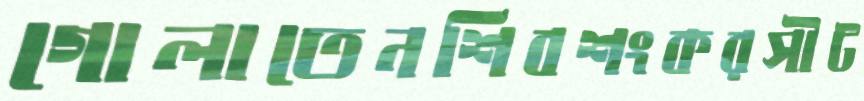
গোলাতেনশিবশংকরসীট